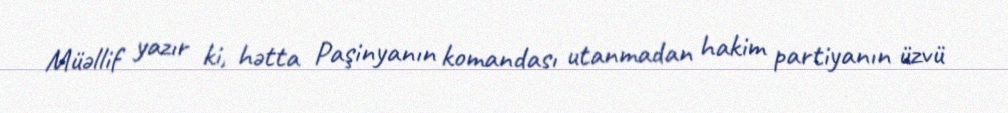
Müəllif yazır ki, hətta Paşinyanın komandası utanmadan hakim partiyanın üzvü